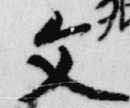
文